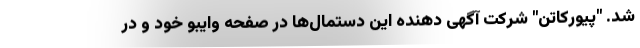
شد. "پیورکاتن" شرکت آگهی دهنده این دستمال‌ها در صفحه وایبو خود و در